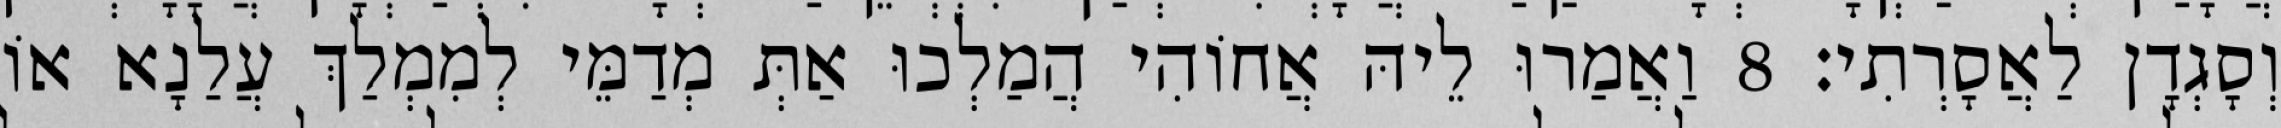
וְסָגְדָן לַאֲסָרְתִי׃ 8 וַאֲמַרוּ לֵיהּ אֲחוֹהִי הֲמַלְכוּ אַתְּ מְדַמֵּי לְמִמְלַךְ עֲלַנָא אוֹ